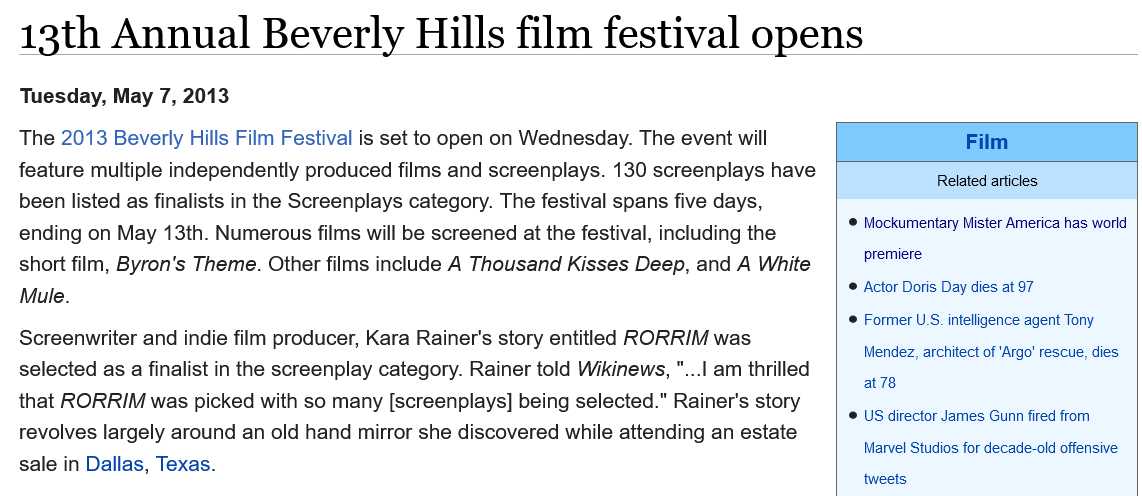
13th    Annual    Beverly    Hills    film    festival    opens
  The  2013 Beverly Hills Film Festival is set to open on Wednesday. The event will
  feature multiple independently produced films and screenplays. 130 screenplays have
  been listed as finalists in the Screenplays category. The festival spans five days,
  ending on May  13th. Numerous films will be screened at the festival, including the
  short film, Byron's Theme. Other films include A Thousand Kisses Deep, and A White
  Mule.
  Screenwriter and indie film producer, Kara Rainer's story entitled RORRIM was
  selected as a finalist in the screenplay category. Rainer told Wikinews, "...| am thrilled
  that RORRIM  was picked with so many [screenplays] being selected." Rainer's story
  revolves largely around an old hand mirror she discovered while attending an estate
  sale in Dallas, Texas.
  Tuesday,  May 7, 2013
     Film
     Related articles
     © Mockumentary Mister America has world
     premiere
     © Actor Doris Day dies at 97
     © Former U.S. intelligence agent Tony
     Mendez, architect of ‘Argo’ rescue, dies
     at 78
     ‘© US director James Gunn fired from
     Marvel Studios for decade-old offensive
     tweets